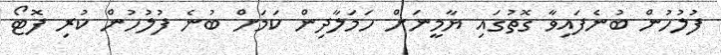
ފުލުހުން ބުނެފައިވާ ގޮތުގައި ޔާމީނަށް ހަމަލާދިން ކަމަށް ބުނެ ފުލުހުން ކުރި ފޮޓޯ